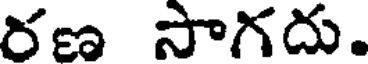
రణ సాగదు.